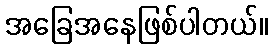
အခြေအနေဖြစ်ပါတယ်။